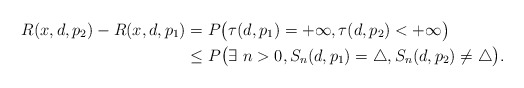
\begin{align*}R(x,d,p_2)-R(x,d,p_1)&=P\big(\tau(d,p_1)=+\infty,\tau(d,p_2)<+\infty\big)\\&\leq P\big(\exists~n>0,S_n(d,p_1)=\triangle,S_n(d,p_2)\neq\triangle\big).\end{align*}